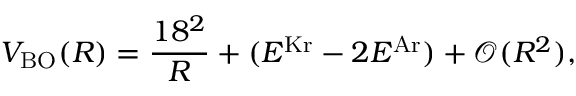
V _ { \mathrm { B O } } ( R ) = \frac { 1 8 ^ { 2 } } { R } + ( E ^ { \mathrm { K r } } - 2 E ^ { \mathrm { A r } } ) + \mathcal { O } ( R ^ { 2 } ) ,